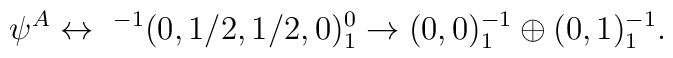
\psi^A \leftrightarrow \ ^{-1}(0,1/2,1/2,0)^0_1 \rightarrow(0,0)_1^{-1} \oplus  (0,1)_1^{-1} .